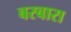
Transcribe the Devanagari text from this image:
बरबारा